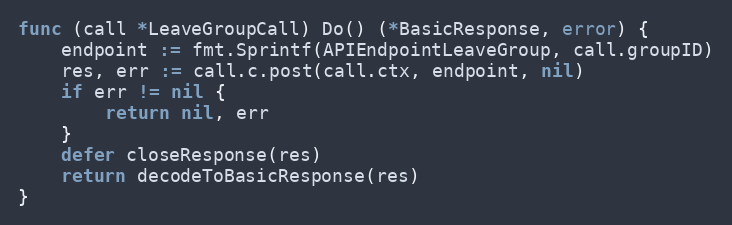
Language: Go
func (call *LeaveGroupCall) Do() (*BasicResponse, error) {
	endpoint := fmt.Sprintf(APIEndpointLeaveGroup, call.groupID)
	res, err := call.c.post(call.ctx, endpoint, nil)
	if err != nil {
		return nil, err
	}
	defer closeResponse(res)
	return decodeToBasicResponse(res)
}